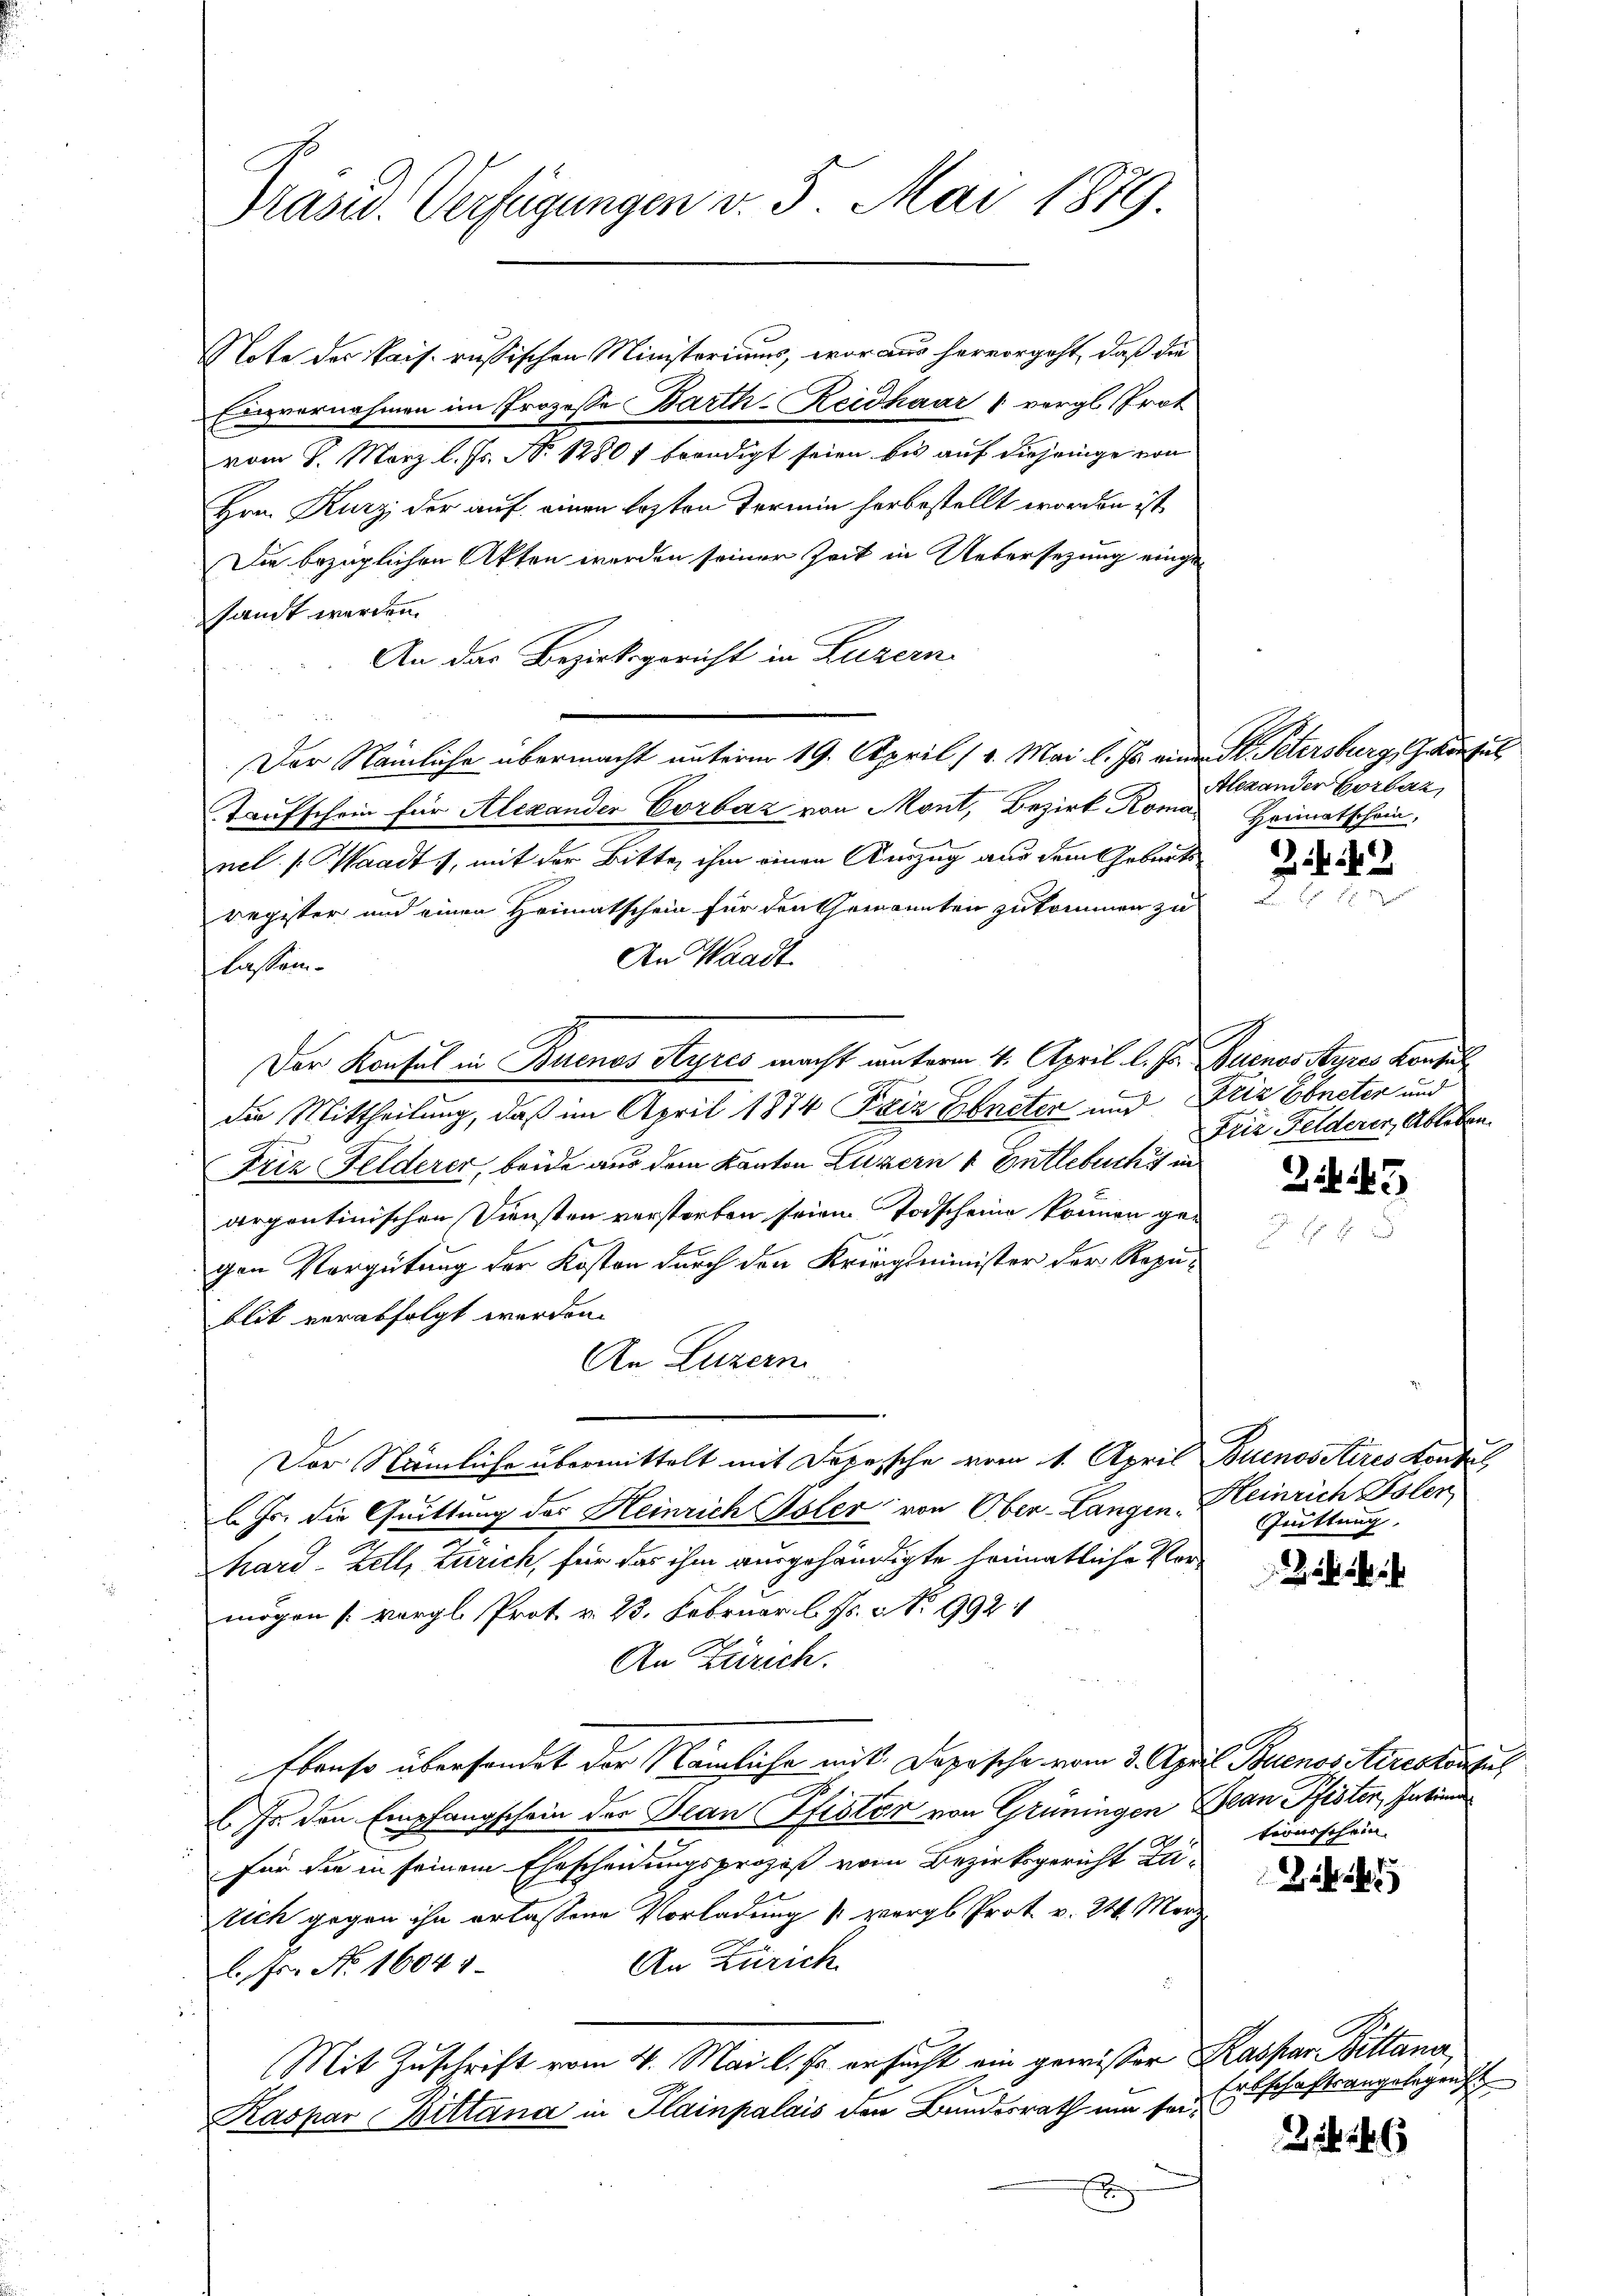
Präsid. Verfügungen v. 5. Mai 1879

Note des Kais. russischen Ministeriums, woraus hervorgeht, daß die
Einvernahmen im Prozesse Barth-Reidhaar & vergl. Prot
vom 8. März l. Js. No 1280 f beendigt seien bis auf diejenige von
Hrn. Kurz, der auf einen lezten Termin herbestellt worden ist
Die bezüglichen Akten werden seiner Zeit in Uebersezung eingesamt werden.
An das Bezirksgericht in Luzern
Der Nämliche übermacht unterm 19. April 14. Mai l. Js. einer K. Petersburg, Gehonsul
Taufschein für Alexander Corbaz von Mont, Bezirk Komas Heimatschein,
nel s. Waadt 1, mit der Bitte, ihm einen Auszug aus dem Geburts
register und einen Heimatschein für den Verannten zukommen zu
An Waadt
lassen.
Der Konsul in Buenos Ayres macht unterm 4. April l. Js. Buenos Ayres Konsul
die Mittheilung, daß im April 1874 Friz Ebneter und Friz Ebneter und
Friz Felderer, beide aus dem Kanton Luzern & Entlebuch in
arpontinischen Diensten verstorben seien Todscheine können gegen Vergütung der Kosten durch den Kriegsminister der Republit verabfolgt werden.
An Luzern
Der Nämliche übermittelt mit Depesche vom 1. April Buenositires Kontul
l Js. die Quittung des Heinrich Isler von Ober-Langen.
hard-Zell, Zürich, für das ihm ausgehändigte heimatliche Vermögen [vergl. Prot. v. 23. Februar l. Js. No 992
An Zürich.
Ebenso übersendet der Nämliche mit Depesche vom 3. April Buenos Aireskonsul
s den Empfangschein der Jean Pfister von Grüningen Bean Pfisten, Patien
Für die in seinem Ehescheidungsprozeß vom Bezirksgericht Zeirich gegen ihn erlassene Vorladung 1 vergl. Prot. v. 24. März
An Zürich
l. Fs. No. 1604
Mit Zuschrift vom 4. Mai l. Js. ersucht am gewisser Kaspar Bittana
Kaspar Bittana in Plainpalais den Bundesrath um sei¬
E

Alexander Corbar,

42

Deie Felderer, Ableben.

3 f 45

Heinrich Polen,
Trüttung

tronschein

e

2246

Erbschaftsangelegen